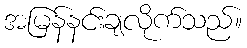
အမြန်နင်းချလိုက်သည်။